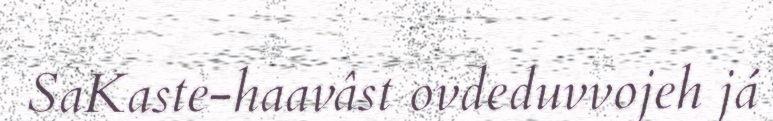
SaKaste-haavâst ovdeduvvojeh já